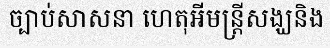
ច្បាប់សាសនា ហេតុអីមន្ត្រីសង្ឃនិង